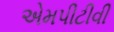
એમપીટીવી